Malaria in the Duars
Disease focus: Malaria
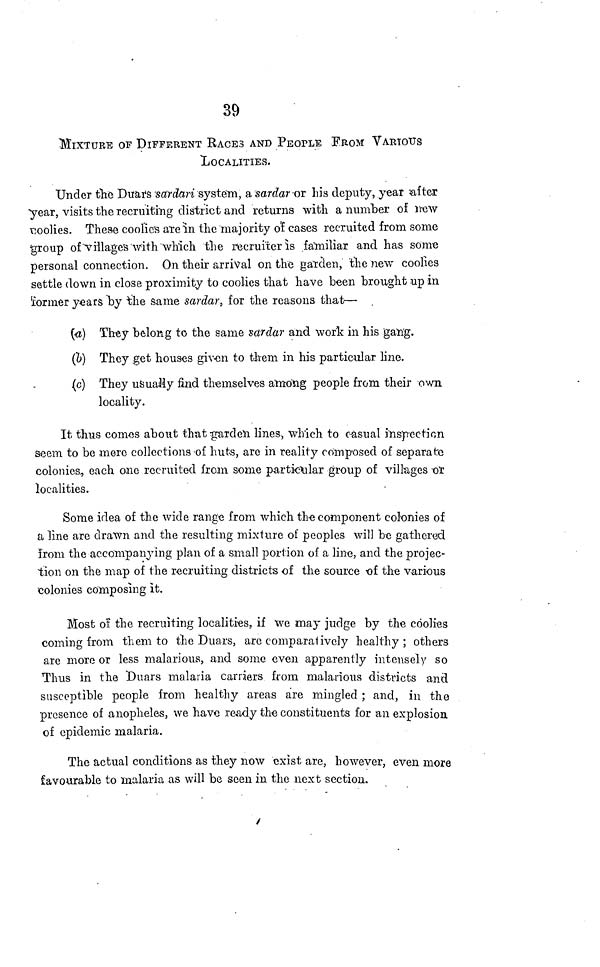
39
MIXTURE OF DIFFERENT RACES AND PEOPLE fROM VARIOUS
LOCALITIES.
Under the Dual's 'sardari system, a sardar or his deputy, year after
year, visits the recruiting district and returns with a number of new
coolies. These coolie's are in the majority of cases recruited from some
group of villages with which the recruiter is familiar and has some
personal connection. On their arrival on the garden, 'the new coolies
settle down in close proximity to coolies that have been brought up in
Former years by the same sardar, for the reasons that—
(a) They belong to the same sardar and work in his gang.
(b) They get houses given to them in his particular line.
(c) They usually find themselves among people from their own
locality.
It thus comes about that garden lines, which to casual inspection
seem to be mere collections of huts, are in reality composed of separate
colonies, each one recruited from some particular group of villages or
localities.
Some idea of the wide range from which the component colonies of
a line are drawn and the resulting mixture of peoples will be gathered
from the accompanying plan of a small portion of a line, and the projec-
tion on the map of the recruiting districts of the source of the various
colonies composing it.
Most of the recruiting localities, if We may judge by the coolies
coming from them to the Duars, are comparatively healthy; others
are more or less malarious, and some even apparently intensely so
Thus in the Duars malaria carriers from malarious districts and
susceptible people from healthy areas are mingled ; and, in the
presence of anopheles, we have ready the constituents for an explosion
of epidemic malaria.
The actual conditions as they now exist are, however, even more
favourable to malaria as will be seen in the next section.